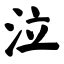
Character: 泣